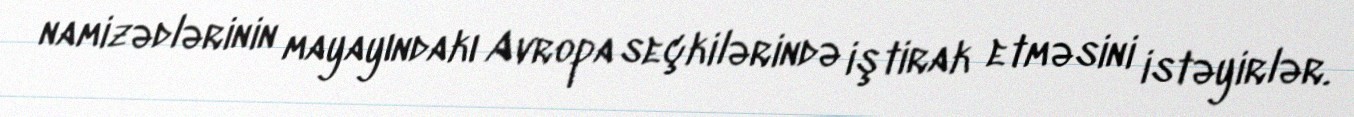
namizədlərinin mayayındakı Avropa seçkilərində iştirak etməsini istəyirlər.